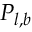
P _ { l , b }